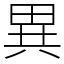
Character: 異